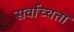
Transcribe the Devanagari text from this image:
सर्वाच्चता